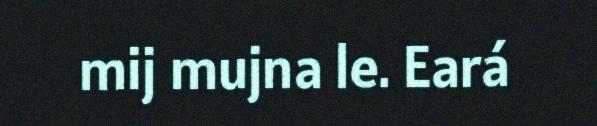
mij mujna le. Eará